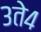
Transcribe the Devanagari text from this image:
३ते४